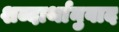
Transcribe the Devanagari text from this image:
शब्दार्थानुवाद